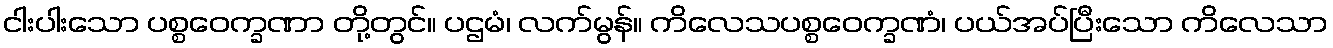
ငါးပါးသော ပစ္စဝေက္ခဏာ တို့တွင်။ ပဌမံ၊ လက်မွန်။ ကိလေသပစ္စဝေက္ခဏံ၊ ပယ်အပ်ပြီးသော ကိလေသာ